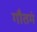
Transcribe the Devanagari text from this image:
गौतमं